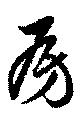
房